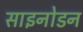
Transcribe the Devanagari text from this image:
साइनोडन